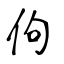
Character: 佝